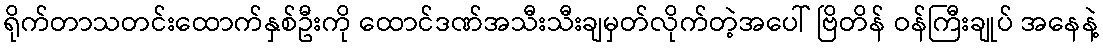
ရိုက်တာသတင်းထောက်နှစ်ဦးကို ထောင်ဒဏ်အသီးသီးချမှတ်လိုက်တဲ့အပေါ် ဗြိတိန် ဝန်ကြီးချုပ် အနေနဲ့